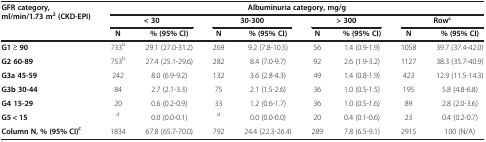
| <ROWSPAN=3> GFR category, ml/min/1.73 m2 (CKD-EPI) | <COLSPAN=8> Albuminuria category, mg/g |
 | <COLSPAN=2> < 30 | <COLSPAN=2> 30-300 | <COLSPAN=2> > 300 | <COLSPAN=2> Rowc |
 | N | % (95% CI) | N | % (95% CI) | N | % (95% CI) | N | % (95% CI) |
 | --- | --- | --- | --- | --- | --- | --- | --- | --- |
 | G1 ≥ 90 | 733b | 29.1 (27.0-31.2) | 269 | 9.2 (7.8-10.5) | 56 | 1.4 (0.9-1.9) | 1058 | 39.7 (37.4-42.0) |
 | G2 60-89 | 753b | 27.4 (25.1-29.6) | 282 | 8.4 (7.0-9.7) | 92 | 2.6 (1.9-3.2) | 1127 | 38.3 (35.7-40.9) |
 | G3a 45-59 | 242 | 8.0 (6.9-9.2) | 132 | 3.6 (2.8-4.3) | 49 | 1.4 (0.8-1.9) | 423 | 12.9 (11.5-14.3) |
 | G3b 30-44 | 84 | 2.7 (2.1-3.3) | 75 | 2.1 (1.5-2.6) | 36 | 1.0 (0.5-1.5) | 195 | 5.8 (4.8-6.8) |
 | G4 15-29 | 20 | 0.6 (0.2-0.9) | 33 | 1.2 (0.6-1.7) | 36 | 1.0 (0.5-1.6) | 89 | 2.8 (2.0-3.6) |
 | G5 < 15 | d | 0.0 (0.0-0.1) | d | 0.0 (0.0-0.0) | 20 | 0.4 (0.1-0.6) | 23 | 0.4 (0.2-0.7) |
 | Column N, % (95% CI)c | 1834 | 67.8 (65.7-70.0) | 792 | 24.4 (22.3-26.4) | 289 | 7.8 (6.5-9.1) | 2915 | 100 (N/A) |